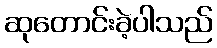
ဆုတောင်းခဲ့ပါသည်